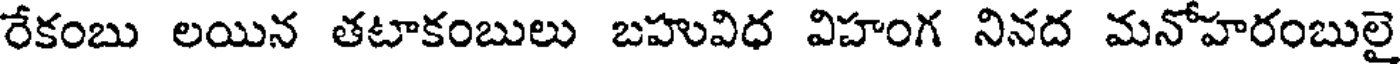
రేకంబు లయిన తటాకంబులు బహువిధ విహంగ నినద మనోహరంబులై